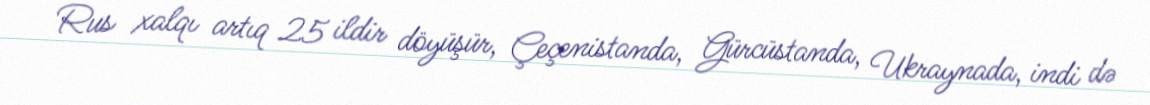
Rus xalqı artıq 25 ildir döyüşür, Çeçenistanda, Gürcüstanda, Ukraynada, indi də